Civil Veterinary Dept. Bombay admin report 1900-1906 - 1900-1906
Year: 1900
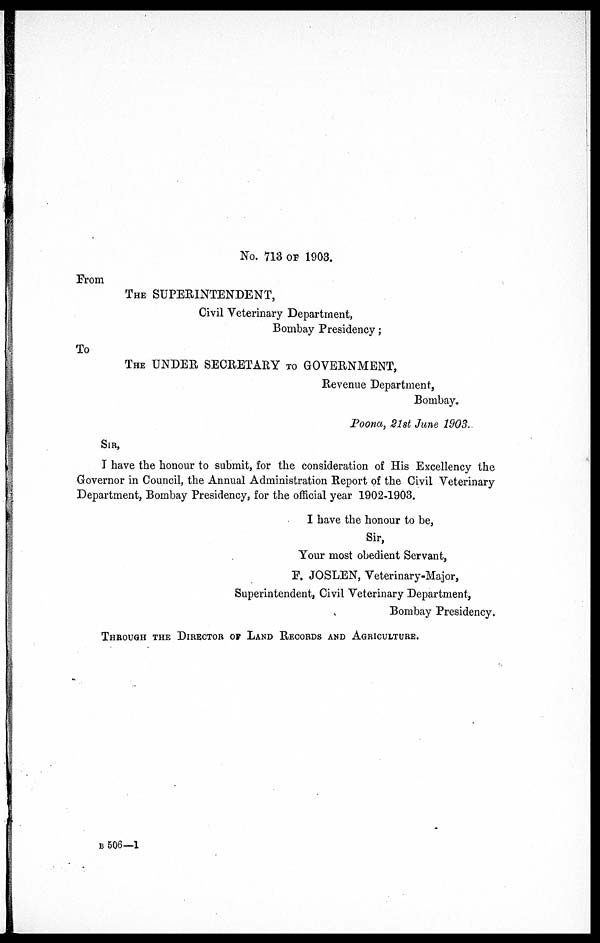
No. 713 OF 1903.
From
THE SUPERINTENDENT,
Civil Veterinary Department,
Bombay Presidency;
To
THE UNDER SECRETARY TO GOVERNMENT,
Revenue Department,
Bombay.
Poona, 21st June 1903.
SIR,
I have the honour to submit, for the consideration of His Excellency the
Governor in Council, the Annual Administration Report of the Civil Veterinary
Department, Bombay Presidency, for the official year 1902-1903.
I have the honour to be,
Sir,
Your most obedient Servant,
F. JOSLEN, Veterinary-Major,
Superintendent, Civil Veterinary Department,
Bombay Presidency.
THROUGH THE DIRECTOR OF LAND RECORDS AND AGRICULTURE.
B 506—1